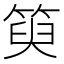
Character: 𥯮